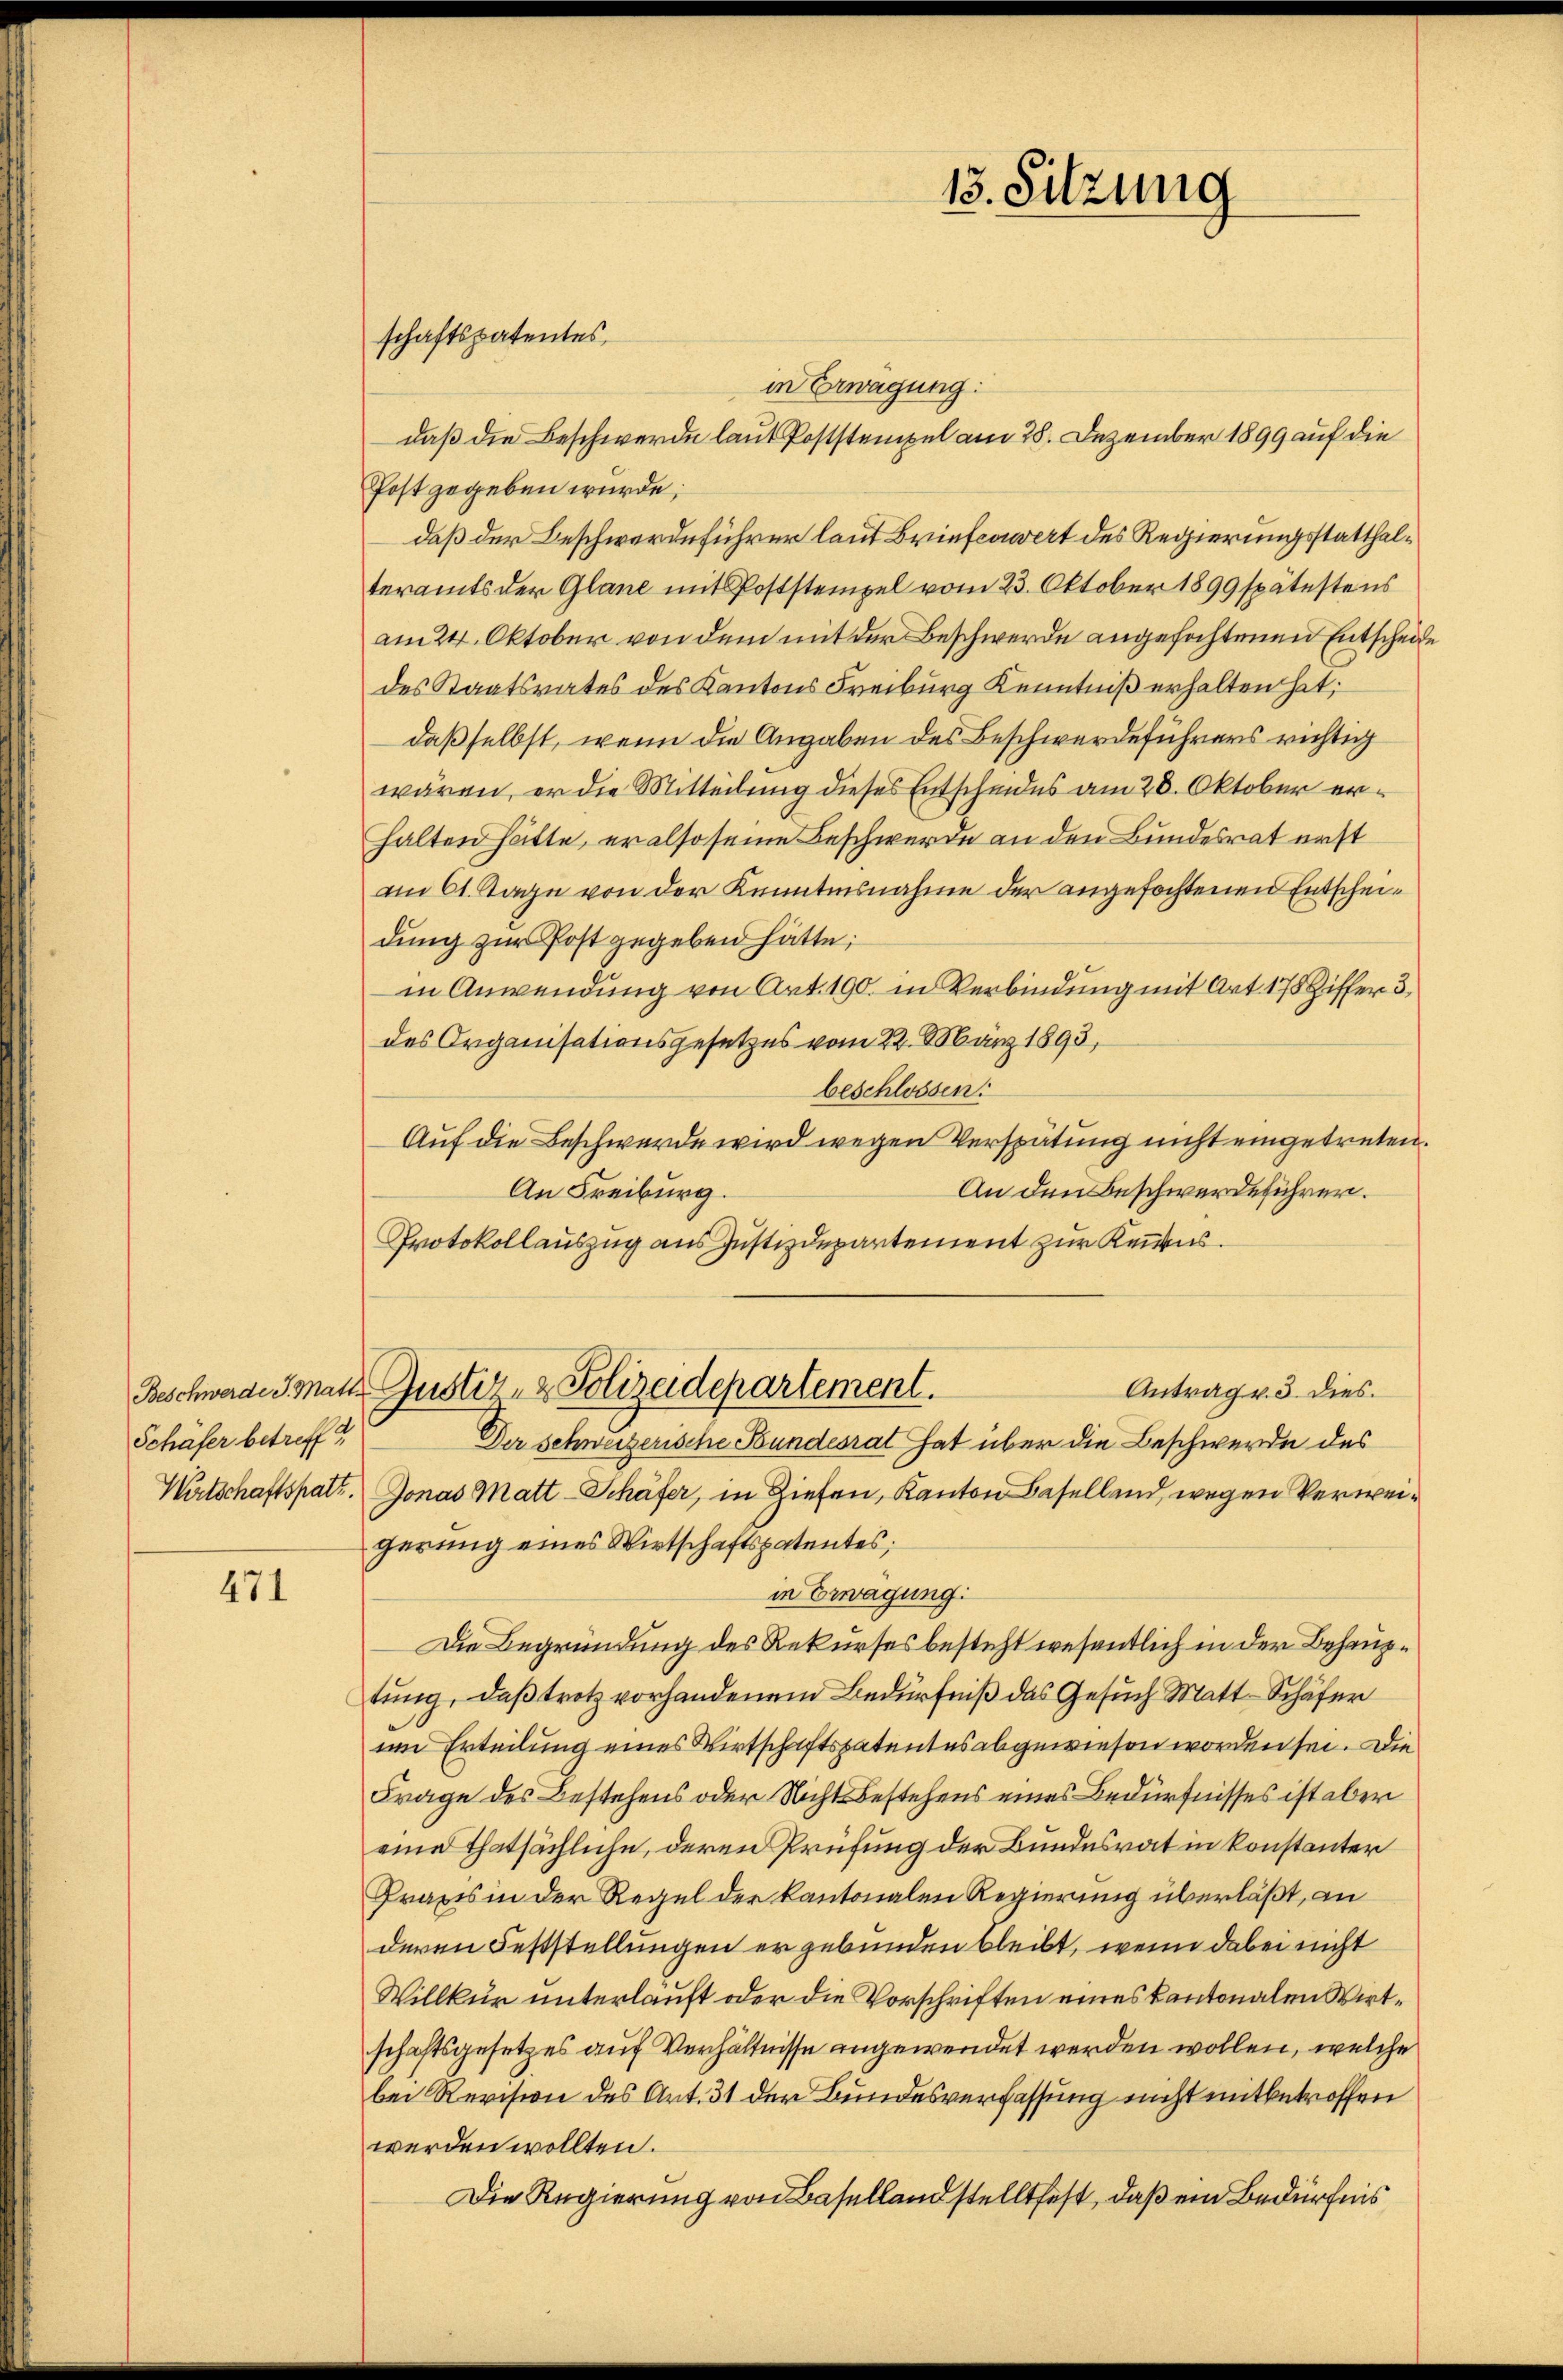
Schäfer betreff

471

schaftspatentes

in Erwägung:
daß die Beschwerde laut Poststempel am 28. Dezember 1899 auf die
Post gegeben würde;
daß der Beschwerdeführer laut Briefenwert des Regierungsstatthalteramts der Glane mit Poststempel vom 23. Oktober 1899 spätestens
am 24. Oktober von dem mit der Beschwerde angefochtenen Entscheide
des Staatsrates des Kantons Freiburg Kenntniß erhalten hat;
daß selbst, wenn die Angaben des Beschwerdeführers richtig
wären, er die Mitteilung dieses Entscheides am 28. Oktober erhalten hätte, er also seine Beschwerde an den Bundesrat erst
am 61. Tage von der Kenntnisnahme der angefochtenen Entscheidung zur Post gegeben hätte;
in Anwendung von Art. 190. in Verbindung mit Art. 175 Ziffer 3
des Organisationsgesetzes vom 22. März 1893,
beschlossen:
Auf die Beschwerde wird wegen Verspätung nicht eingetreten.
An den Beschwerdeführen.
An Freiburg.
Protokollauszug aus Justizdepartement zur Keins.
Antrag v. 3. dies
Beschwerden Matt. Justiz- & Polizeidepartement.
Der Schweizerische Bundesrat hat über die Beschwerde des
Wirtschaftspat. Jonas Matt-Schäfer, in Ziehen, Kanton Baselland, wegen Verweigerung eines Wirtschaftspatentes;
in Erwägung:
Die Begründung des Rekurses besteht wesentlich in der Behauptung, daß trotz vorhandenem Bedürfniß das Gesuch Matt. Schäfer
im Erteilung eines Wirtschaftspatentes abgewiesen worden sei. Die
Frage des Bestehens oder Nichts Bestehens eines Bedürfnisses ist aber
eine thatsächliche, deren Prüfung der Bundesrat in konstanter
Praxis in der Regel der kantonalen Regierung überläßt, an
deren Feststellungen ergebunden bleibt, wenn dabei nicht
Willkür unterläuft oder die Vorschriften eines kantonalen Wirtschaftsgesetzes auf Verhältnisse angewendet werden wollen, welche
bei Revision des Art. 31 der Bundesverfassung nicht mitbetroffen
werden wollten.
Die Regierung von Baselland stelltest, daß ein Bedürfnis

13. Sitzung